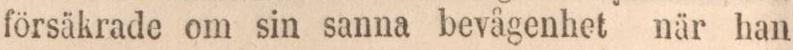
försäkrade om sin sanna bevågenhet när han